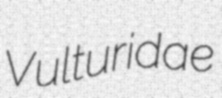
Vulturidae